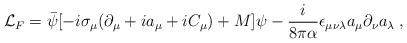
LaTeX: \begin{align*}{\cal L}_F = \bar\psi[-i\sigma_\mu(\partial_\mu + ia_\mu +iC_\mu) +M]\psi- \frac{i}{8\pi\alpha}\epsilon_{\mu\nu\lambda}a_\mu\partial_\nu a_\lambda\;,\end{align*}